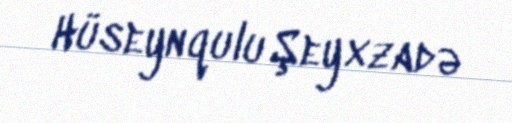
Hüseynqulu Şeyxzadə